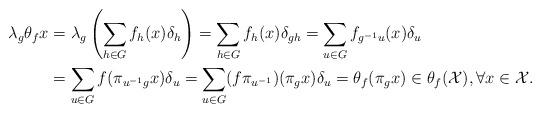
LaTeX: \begin{align*}\lambda_g \theta_f x&=\lambda_g\left(\sum_{h\in G}f_h(x)\delta_h\right)=\sum_{h\in G}f_h(x)\delta_{gh}=\sum_{u \in G}f_{g^{-1}u}(x)\delta_u\\&=\sum_{u \in G}f(\pi_{u^{-1}g}x)\delta_u=\sum_{u \in G}(f\pi_{u^{-1}})(\pi_gx)\delta_u=\theta_f(\pi_gx)\in \theta_f(\mathcal{X}), \forall x \in \mathcal{X}.\end{align*}